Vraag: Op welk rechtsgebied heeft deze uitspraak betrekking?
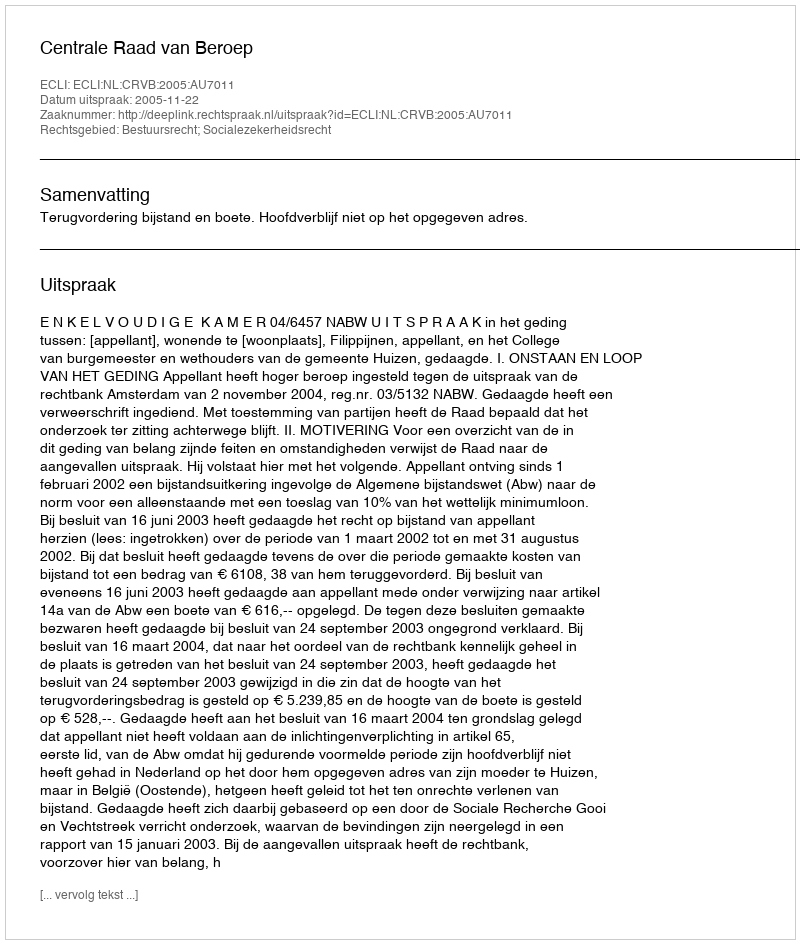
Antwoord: Bestuursrecht; Socialezekerheidsrecht